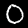
Digit: 0